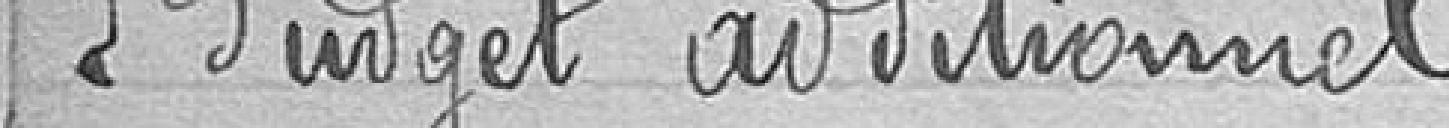
Budget additionnel